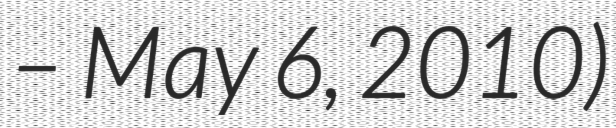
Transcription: – May 6, 2010)